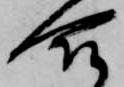
合